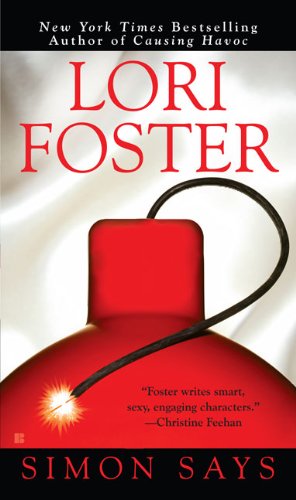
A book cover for Simon Says (SBC Fighters, Book 2); Lori Foster; Romance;